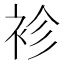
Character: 袗